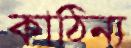
কাঠিন্য